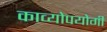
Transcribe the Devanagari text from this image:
काव्योपयोगी